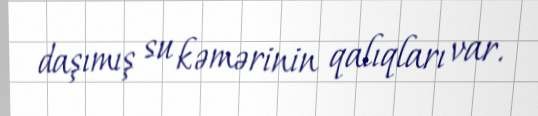
daşımış su kəmərinin qalıqları var.